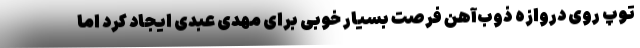
توپ روی دروازه ذوب‌آهن فرصت بسیار خوبی برای مهدی عبدی ایجاد کرد اما